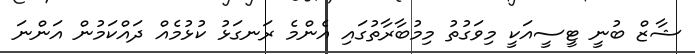
ޝާޒް ބުނީ ޓީސީއަކީ މިވަގުތު މިމުބާރާތުގައި އެންމެ ރަނގަޅު ކުޅުމެއް ދައްކަމުން އަންނަ